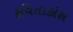
કવિતાકોશ